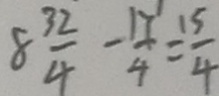
8 \frac { 3 2 } { 4 } - \frac { 1 7 } { 4 } = \frac { 1 5 } { 4 }